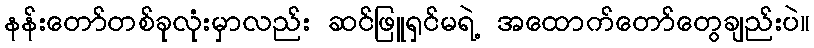
နန်းတော်တစ်ခုလုံးမှာလည်း ဆင်ဖြူရှင်မရဲ့ အထောက်တော်တွေချည်းပဲ။